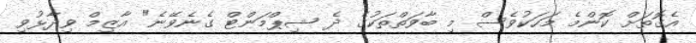
އެގޮތަށް ކޮންމެ މަހަކުވެސް މި ބާވަތްތަކުގެ ދެ ޝިޕްމަންޓް ގެނެވޭނެ" އާޒިމް ވިދާޅުވި